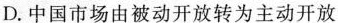
D.中国市场由被动开放转为主动开放